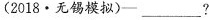
(2018·无锡模拟)— ___?